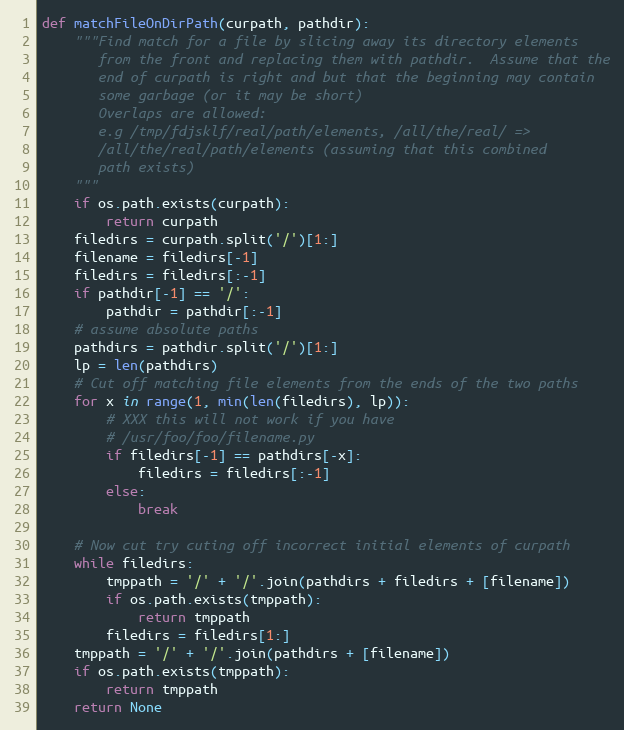
Language: Python
def matchFileOnDirPath(curpath, pathdir):
    """Find match for a file by slicing away its directory elements
       from the front and replacing them with pathdir.  Assume that the
       end of curpath is right and but that the beginning may contain
       some garbage (or it may be short)
       Overlaps are allowed:
       e.g /tmp/fdjsklf/real/path/elements, /all/the/real/ =>
       /all/the/real/path/elements (assuming that this combined
       path exists)
    """
    if os.path.exists(curpath):
        return curpath
    filedirs = curpath.split('/')[1:]
    filename = filedirs[-1]
    filedirs = filedirs[:-1]
    if pathdir[-1] == '/':
        pathdir = pathdir[:-1]
    # assume absolute paths
    pathdirs = pathdir.split('/')[1:]
    lp = len(pathdirs)
    # Cut off matching file elements from the ends of the two paths
    for x in range(1, min(len(filedirs), lp)):
        # XXX this will not work if you have
        # /usr/foo/foo/filename.py
        if filedirs[-1] == pathdirs[-x]:
            filedirs = filedirs[:-1]
        else:
            break

    # Now cut try cuting off incorrect initial elements of curpath
    while filedirs:
        tmppath = '/' + '/'.join(pathdirs + filedirs + [filename])
        if os.path.exists(tmppath):
            return tmppath
        filedirs = filedirs[1:]
    tmppath = '/' + '/'.join(pathdirs + [filename])
    if os.path.exists(tmppath):
        return tmppath
    return None